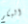
البكم